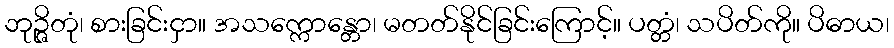
ဘုဉ္ဇိတုံ၊ စားခြင်းငှာ။ အသက္ကောန္တော၊ မတတ်နိုင်ခြင်းကြောင့်။ ပတ္တံ၊ သပိတ်ကို။ ပိဓာယ၊